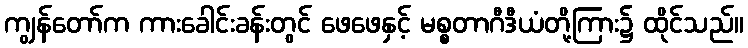
ကျွန်တော်က ကားခေါင်းခန်းတွင် ဖေဖေနှင့် မစ္စတာဂီဒီယံတို့ကြား၌ ထိုင်သည်။